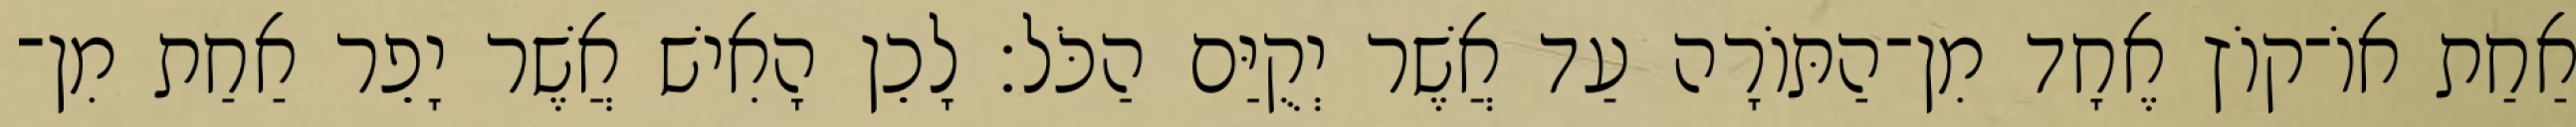
אַחַת אוֹ־קוֹץ אֶחָד מִן־הַתּוֹרָה עַד אֲשֶׁר יְקֻיַּם הַכֹּל׃ לָכֵן הָאִישׁ אֲשֶׁר יָפֵר אַחַת מִן־